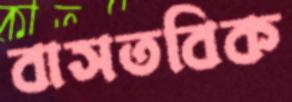
বাসতবিক